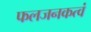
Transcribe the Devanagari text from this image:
फलजनकत्वं